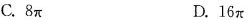
C.8π D.16π